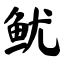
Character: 鱿